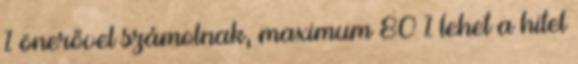
% önerővel számolnak, maximum 80 % lehet a hitel